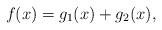
LaTeX: \begin{align*}f(x)=g_{1}(x)+g_{2}(x),\end{align*}